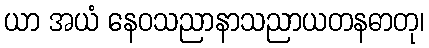
ယာ အယံ နေဝသညာနာသညာယတနဓာတု၊